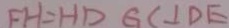
F H = H D G C \bot D E